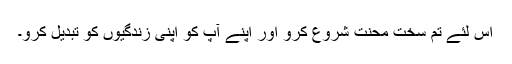
اس لئے تم سخت محنت شروع کرو اور اپنے آپ کو اپنی زندگیوں کو تبدیل کرو۔